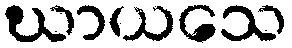
ဃာယသေ